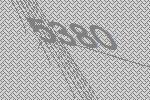
5380